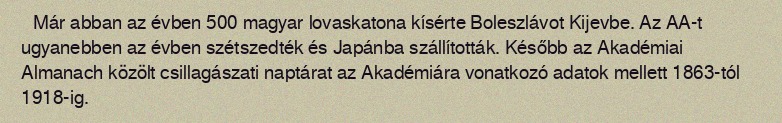
Már abban az évben 500 magyar lovaskatona kísérte Boleszlávot Kijevbe. Az AA-t ugyanebben az évben szétszedték és Japánba szállították. Később az Akadémiai Almanach közölt csillagászati naptárat az Akadémiára vonatkozó adatok mellett 1863-tól 1918-ig.